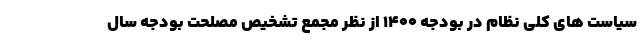
سیاست های کلی نظام در بودجه ۱۴۰۰ از نظر مجمع تشخیص مصلحت بودجه سال